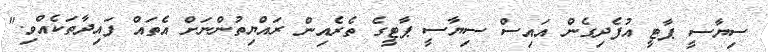
ސިޔާސީ ޕާޓީ އުފެދިގެން އައިސް ސިޔާސީ ޕާޓީގެ ތެރެއިން ރައްޔިތުންނަށް އެތައް ފައިދާތަކެއްވި."